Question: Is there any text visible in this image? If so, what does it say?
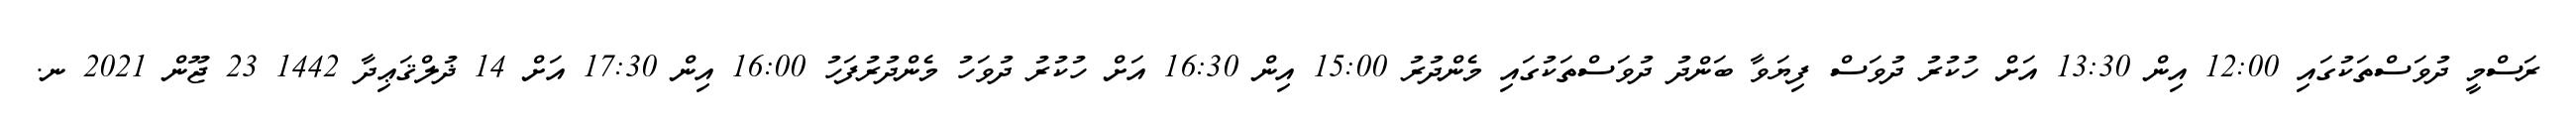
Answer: ރަސްމީ ދުވަސްތަކުގައި 12:00 އިން 13:30 އަށް ހުކުރު ދުވަސް ފިޔަވާ ބަންދު ދުވަސްތަކުގައި މެންދުރު 15:00 އިން 16:30 އަށް ހުކުރު ދުވަހު މެންދުރުފަހު 16:00 އިން 17:30 އަށް 14 ޛުލްޤަޢިދާ 1442 23 ޖޫން 2021 ނ.